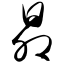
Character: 昴